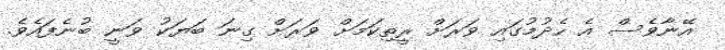
އޭނާވެސް އެ ހެދުމުގައި ވަރަށް ރީތިކަމަށް ވަރަށް ގިނަ ބަޔަކު ވަނީ ބުނެފައެވެ.